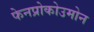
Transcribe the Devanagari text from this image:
फेनप्रोकोउमोन